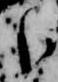
臣